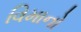
વિમાનો